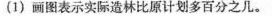
(1)画图表示实际造林比原计划多百分之几。